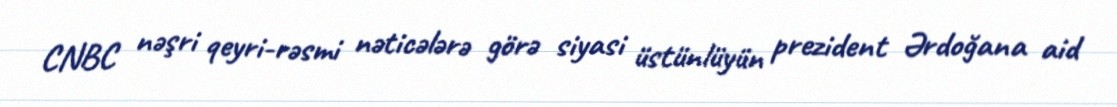
CNBC nəşri qeyri-rəsmi nəticələrə görə siyasi üstünlüyün prezident Ərdoğana aid